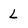
Character: L